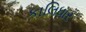
કાલિધાર